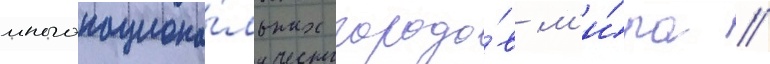
многонациона́льных городо́в м'и́ра //